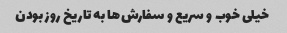
خیلى خوب و سریع و سفارش‌ها به تاریخ روز بودن